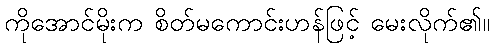
ကိုအောင်မိုးက စိတ်မကောင်းဟန်ဖြင့် မေးလိုက်၏။